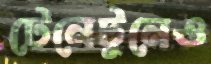
টেনেটুনেও